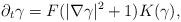
LaTeX: \begin{align*}\partial_t\gamma = F(|\nabla\gamma|^2+1) K(\gamma), \end{align*}